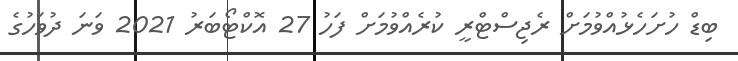
ބިޑް ހުށަހެޅުއްވުމަށް ރެޖިސްޓްރީ ކުރެއްވުމަށް ފަހު 27 އޮކްޓޯބަރު 2021 ވަނަ ދުވަހުގެ